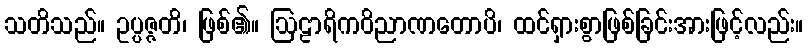
သတိသည်။ ဥပ္ပဇ္ဇတိ၊ ဖြစ်၏။ ဩဠာရိကဝိညာဏတောပိ၊ ထင်ရှားစွာဖြစ်ခြင်းအားဖြင့်လည်း။